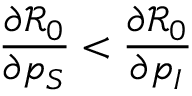
\frac { \partial \mathcal { R } _ { 0 } } { \partial p _ { S } } < \frac { \partial \mathcal { R } _ { 0 } } { \partial p _ { I } }